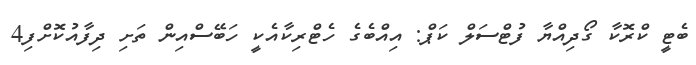
ބެޓީ ކްރޮކާ ގޯދިއްޔާ ފުޓްސަލް ކަޕް: އިއްބެގެ ހެޓްރިކާއެކީ ހަބޭސްއިން ތަށި ދިފާއުކޮށްފި4